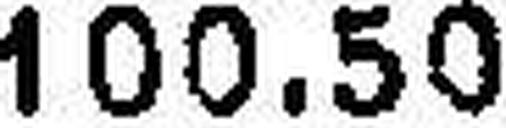
100.50